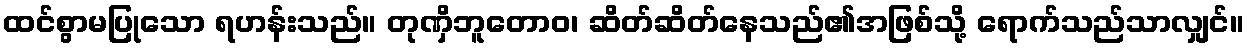
ထင်စွာမပြုသော ရဟန်းသည်။ တုဏှိဘူတောဝ၊ ဆိတ်ဆိတ်နေသည်၏အဖြစ်သို့ ရောက်သည်သာလျှင်။